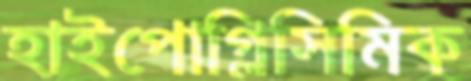
হাইপোগ্লিসিমিক